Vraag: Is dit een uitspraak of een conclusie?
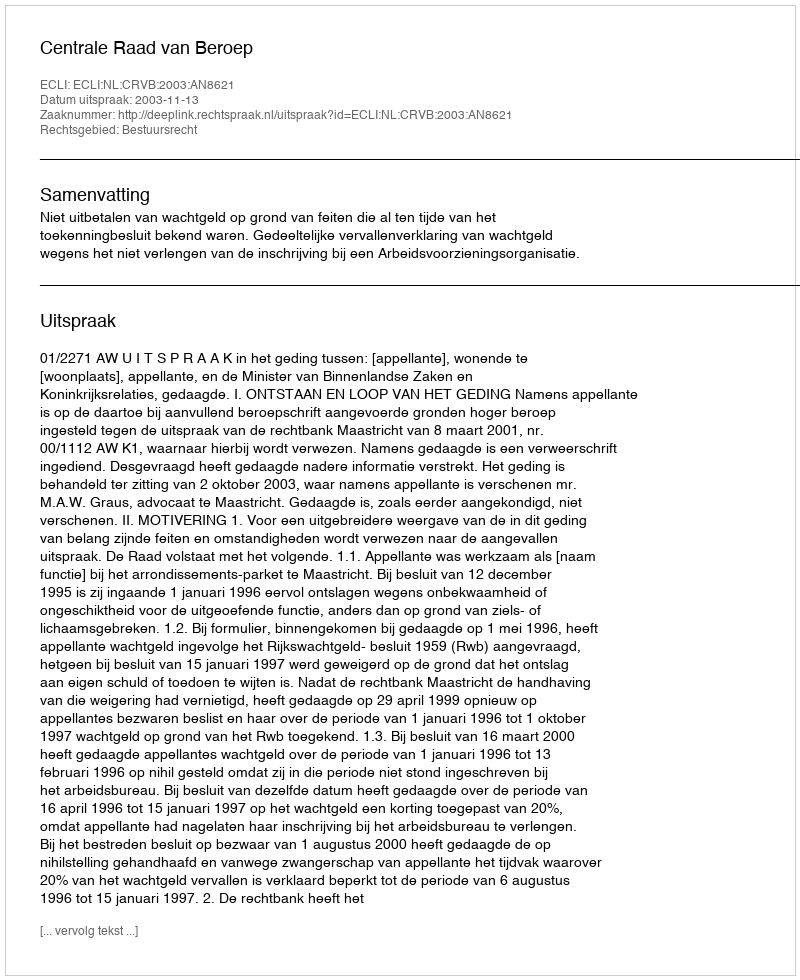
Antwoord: Uitspraak